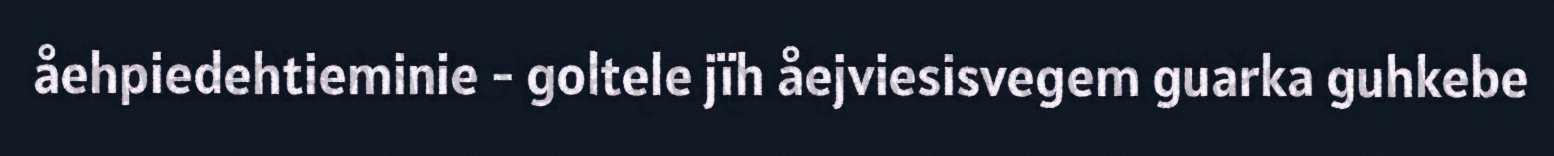
åehpiedehtieminie - goltele jïh åejviesisvegem guarka guhkebe